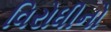
વિરોધીનો